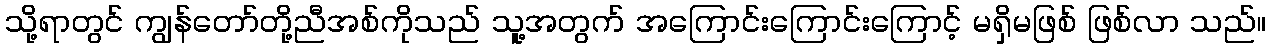
သို့ရာတွင် ကျွန်တော်တို့ညီအစ်ကိုသည် သူ့အတွက် အကြောင်းကြောင်းကြောင့် မရှိမဖြစ် ဖြစ်လာ သည်။